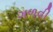
ગળવી